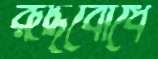
রূদ্ধবোধে